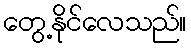
တွေ့နိုင်လေသည်။